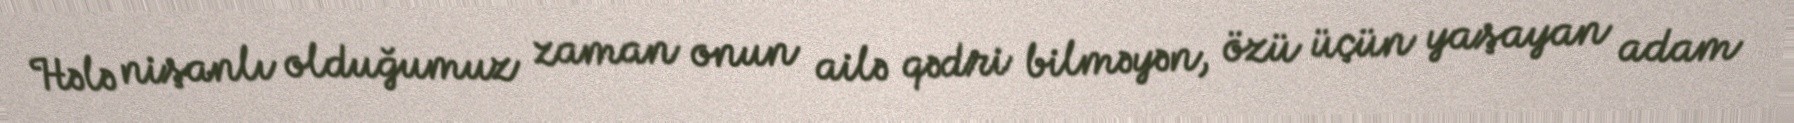
Hələ nişanlı olduğumuz zaman onun ailə qədri bilməyən, özü üçün yaşayan adam